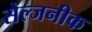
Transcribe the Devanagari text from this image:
सेल्जनीक